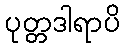
ပုတ္တဒါရာပိ